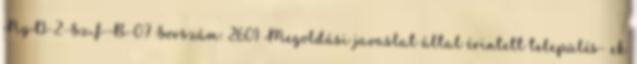
NyD-2-SzF-B-07 Sorszám: 2601 Megoldási javaslat által érintett település- ek